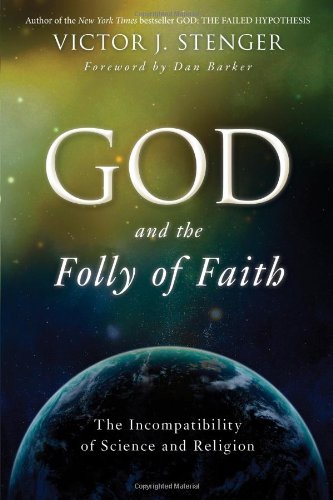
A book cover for God and the Folly of Faith: The Incompatibility of Science and Religion; Victor J. Stenger; Religion & Spirituality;